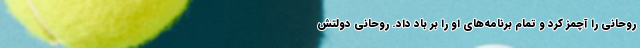
روحانی را آچمز کرد و تمام برنامه‌های او را بر باد داد. روحانی دولتش